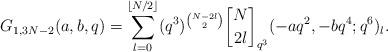
LaTeX: \begin{align*}G_{1,3N-2}(a,b,q) = \sum_{l=0}^{\lfloor N/2 \rfloor} (q^3)^{N-2l \choose 2} \genfrac{[}{]}{0pt}{}{N}{2l}_{q^3}(-aq^2,-bq^4;q^6)_l.\end{align*}